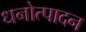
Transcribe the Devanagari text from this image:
धनोत्पादन